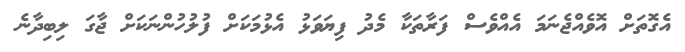
އެގޮތަށް އޮވެއްޖެނަމަ އެއްވެސް ފަރާތަކާ މެދު ފިޔަވަޅު އެޅުމަކަށް ފުލުހުންނަކަށް ޖާގަ ލިބިދާނެ